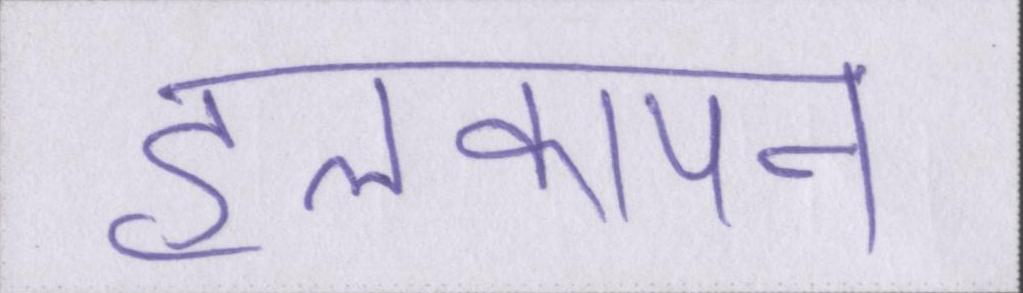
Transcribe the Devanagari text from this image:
हलकापन